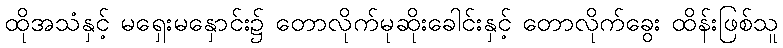
ထိုအသံနှင့် မရှေးမနှောင်း၌ တောလိုက်မုဆိုးခေါင်းနှင့် တောလိုက်ခွေး ထိန်းဖြစ်သူ